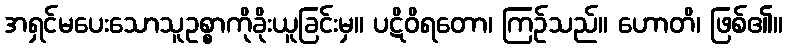
အရှင်မပေးသောသူဥစ္စာကိုခိုးယူခြင်းမှ။ ပဋိဝိရတော၊ ကြဉ်သည်။ ဟောတိ၊ ဖြစ်၏။